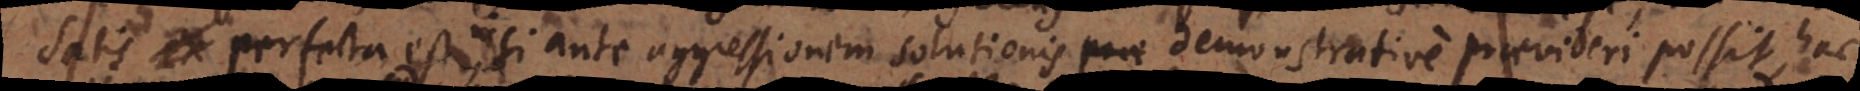
satis perfecta est, nisi ante aggressionem solutionis demonstrative praevideri possit, ha